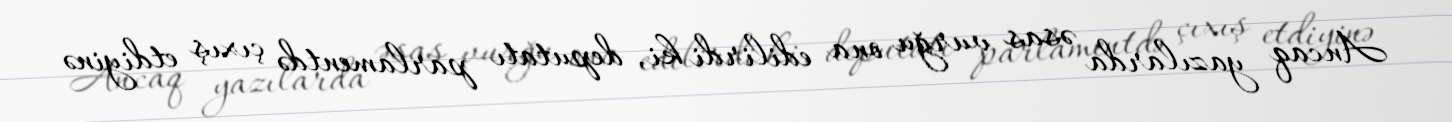
Ancaq yazılarda əsas vurğu ona edilirdi ki, deputatı parlamentdə çıxış etdiyinə